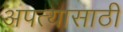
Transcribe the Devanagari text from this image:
अपत्यासाठी